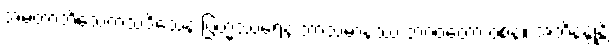
အမတာဘိသေကသဒိသေန ဗြဟ္မဿရေန ဘာသမာနဿ ဘဂဝတော ဝစနံ။ အဘိနန္ဒုန္တိ